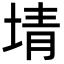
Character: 埥